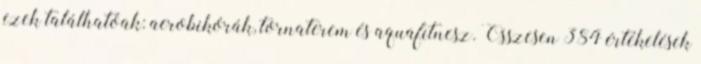
ezek találhatóak: aerobikórák, tornaterem és aquafitnesz. Összesen 384 értékelések